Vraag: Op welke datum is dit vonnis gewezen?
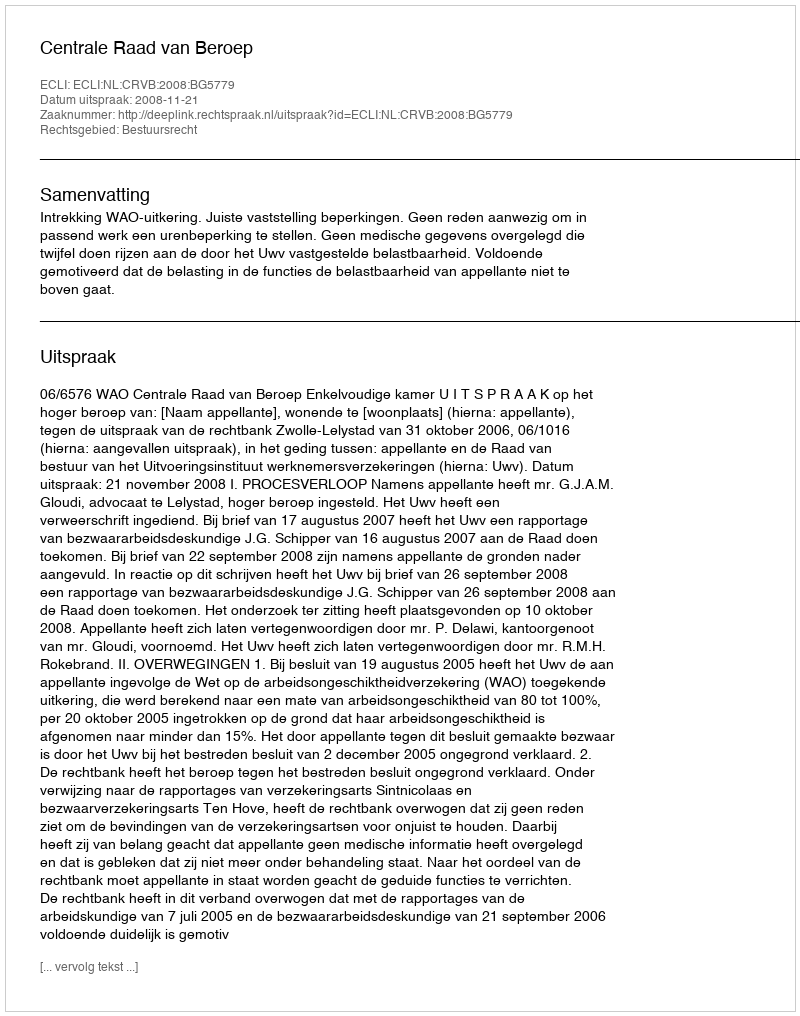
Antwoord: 2008-11-21